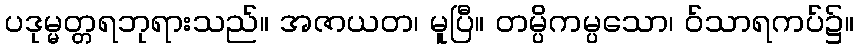
ပဒုမ္မတ္တရဘုရားသည်။ အဇာယတ၊ မူပြီ။ တမ္ပိကမ္ပသော၊ ဝ်သာရကပ်၌။